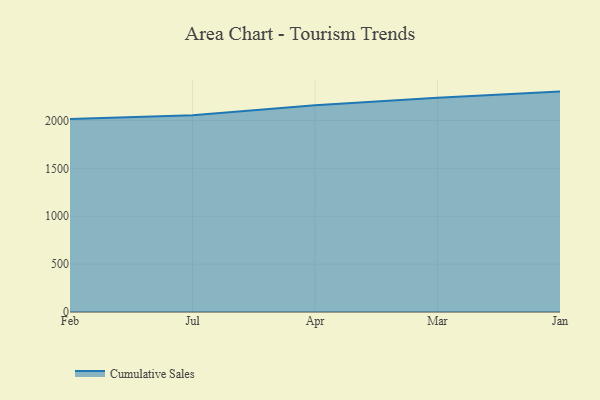
{"axis": {"x": "Month", "y": "Population (Million)"}, "legend": ["Cumulative Sales"], "data": [{"x": "Feb", "y": 2016.6, "type": "Cumulative Sales"}, {"x": "Jul", "y": 2055.1, "type": "Cumulative Sales"}, {"x": "Apr", "y": 2159.9, "type": "Cumulative Sales"}, {"x": "Mar", "y": 2237.7, "type": "Cumulative Sales"}, {"x": "Jan", "y": 2301.5, "type": "Cumulative Sales"}]}